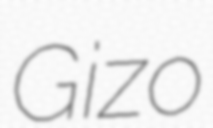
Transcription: Gizo